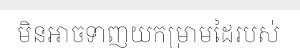
មិនអាចទាញយកម្រាមដៃរបស់